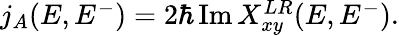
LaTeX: \begin{array}{r}{j_{A}(E,E^{-})=2\hbar\operatorname{Im}X_{xy}^{LR}(E,E^{-}).}\end{array}